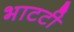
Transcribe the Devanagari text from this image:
भाटटी